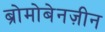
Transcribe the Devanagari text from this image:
ब्रोमोबेनज़ीन